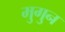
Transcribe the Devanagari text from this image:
मुगुन